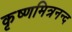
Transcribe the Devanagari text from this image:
कृष्णमित्रनन्द